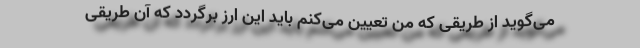
می‌گوید از طریقی که من تعیین می‌کنم باید این ارز برگردد که آن طریقی